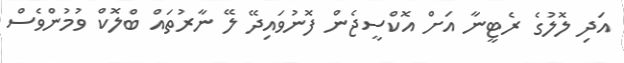
އަދި ލޮލުގެ ރެޓީނާ އަށް އޮކްސީޖެން ފޮނުވައިދޭ ލޭ ނާރުތައް ބްލޮކް ވުމުންވެސް